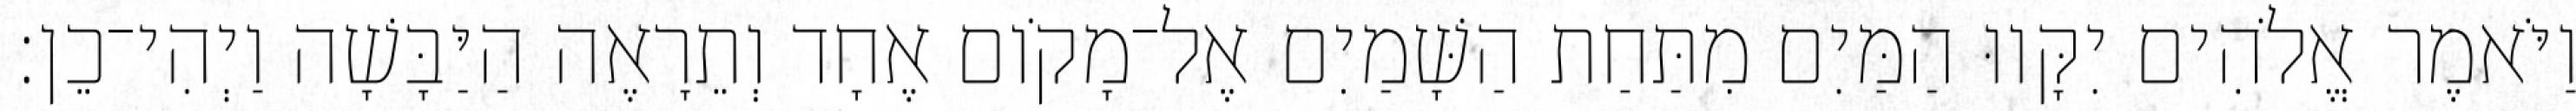
וַיֹּאמֶר אֱלֹהִים יִקָּווּ הַמַּיִם מִתַּחַת הַשָּׁמַיִם אֶל־מָקֹום אֶחָד וְתֵרָאֶה הַיַּבָּשָׁה וַיְהִי־כֵן׃